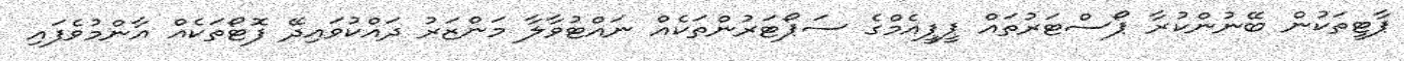
ޕާޓީތަކުން ބޭނުންކުރާ ޕޯސްޓަރުތައް ޕީޕީއެމްގެ ސަޕޯޓަރުންތަކެއް ނައްޓުވާލާ މަންޒަރު ދައްކުވައިދޭ ފޮޓޯތަކެއް އާންމުވެފައި